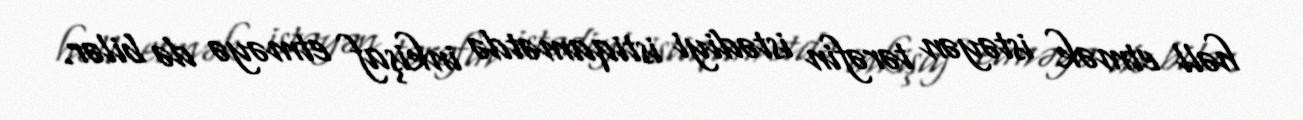
həll etmək istəyən tərəfin istədiyi istiqamətdə inkişaf etməyə də bilər.